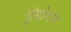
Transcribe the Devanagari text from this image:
गुंडोगन